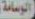
الوسامة